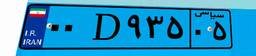
۶۸D۶۰۰۰۲